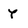
Character: Y